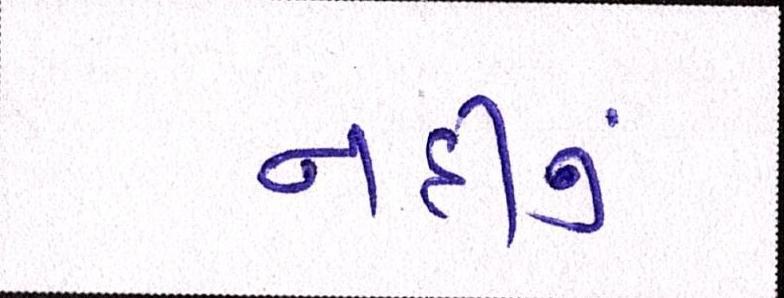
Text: નદીનું